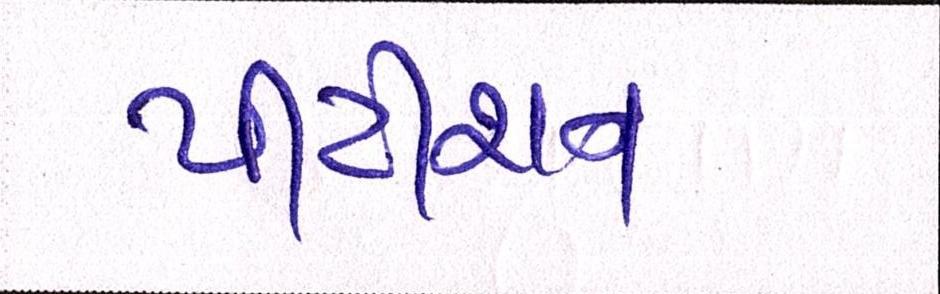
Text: પીટીશન